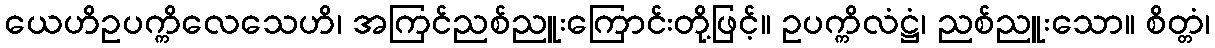
ယေဟိဥပက္ကိလေသေဟိ၊ အကြင်ညစ်ညူးကြောင်းတို့ဖြင့်။ ဥပက္ကိလံဋ္ဌံ၊ ညစ်ညူးသော။ စိတ္တံ၊